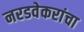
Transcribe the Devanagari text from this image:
नरडवेकरांचा